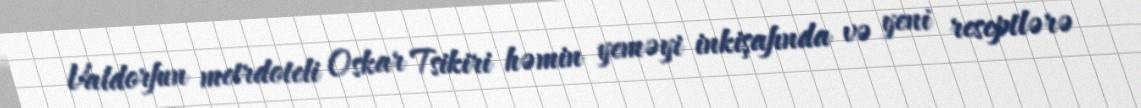
Valdorfun metrdoteli Oskar Tsikiri həmin yeməyi inkişafında və yeni reseptlərə